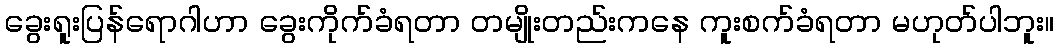
ခွေးရူးပြန်ရောဂါဟာ ခွေးကိုက်ခံရတာ တမျိုးတည်းကနေ ကူးစက်ခံရတာ မဟုတ်ပါဘူး။